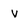
Character: V